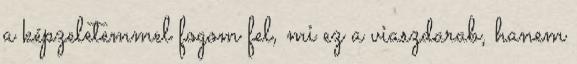
a képzeletemmel fogom fel, mi ez a viaszdarab, hanem